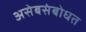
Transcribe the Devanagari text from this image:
असेबसंबोधत